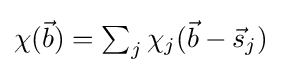
\textstyle \chi ({\vec {b}})=\sum _{j}\chi _{j}({\vec {b}}-{\vec {s}}_{j})